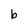
Character: b